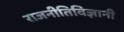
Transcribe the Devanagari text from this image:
राजनीतिविज्ञानी